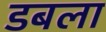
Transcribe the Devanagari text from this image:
डबला